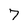
Character: 7